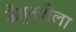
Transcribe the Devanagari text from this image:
जैतुनबीला